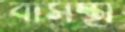
বাসস্থা